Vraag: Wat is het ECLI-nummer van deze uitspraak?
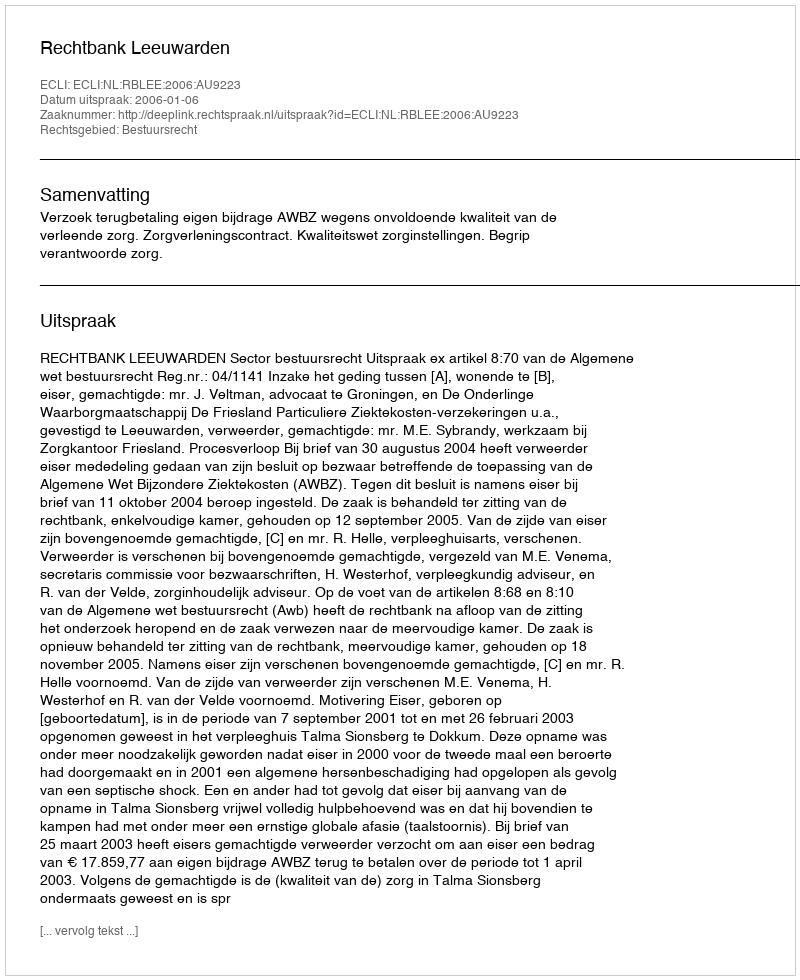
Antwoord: ECLI:NL:RBLEE:2006:AU9223